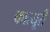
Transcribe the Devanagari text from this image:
कात्यूरी